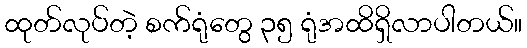
ထုတ်လုပ်တဲ့ စက်ရုံတွေ ၃၅ ရုံအထိရှိလာပါတယ်။